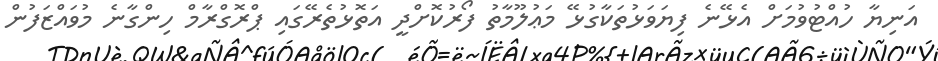
އަނިޔާ ހުއްޓުވުމަށް އެޅޭނެ ފިޔަވަޅުތަކާގުޅޭ މަޢުލޫމާތު ފޯރުކޮށްދީ އަތޮޅުތެރޭގައި ޕްރޮގްރާމް ހިންގާނެ މުވައްޒަފުން